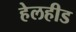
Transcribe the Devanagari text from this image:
हेलहीड